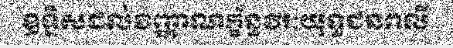
ឧទ្ទិសដល់វិញ្ញាណក្ខ័ន្ធវីរៈយុទ្ធជនពលី